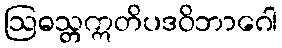
ဩဓသ္တဣတိပဒဝိဘာဂေါ